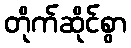
တိုက်ဆိုင်စွာ